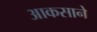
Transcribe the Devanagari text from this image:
आकसाने